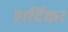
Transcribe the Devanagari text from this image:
हार्दिकर